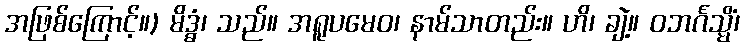
အဖြစ်ကြောင့်။) မိဒ္ဓံ၊ သည်။ အရူပမေဝ၊ နာမ်သာတည်း။ ဟိ၊ ချဲ့။ ဝဘင်္ဂသ္မိံ၊